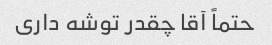
حتماً آقا چقدر توشه داری